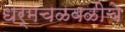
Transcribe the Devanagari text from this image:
धर्मचळवळीचे